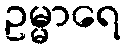
ဥမ္မာရေ